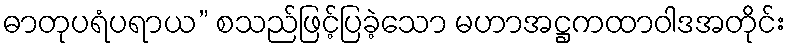
ဓာတုပရံပရာယ” စသည်ဖြင့်ပြခဲ့သော မဟာအဋ္ဌကထာဝါဒအတိုင်း